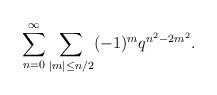
LaTeX: \begin{align*}\sum_{n=0}^\infty \sum_{|m|\leq n/2}(-1)^mq^{n^2-2m^2}.\end{align*}